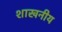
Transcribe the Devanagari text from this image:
शाखनीय